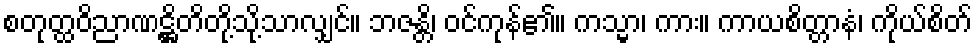
စတုတ္ထဝိညာဏဋ္ဌိတိတို့သို့သာလျှင်။ ဘဇန္တိ၊ ဝင်ကုန်၏။ ကသ္မာ၊ ကား။ ကာယစိတ္တာနံ၊ ကိုယ်စိတ်